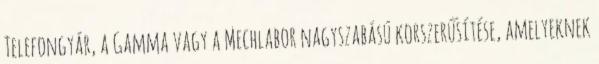
Telefongyár, a Gamma vagy a Mechlabor nagyszabású korszerűsítése, amelyeknek